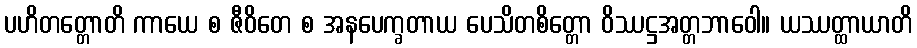
ပဟိတတ္တောတိ ကာယေ စ ဇီဝိတေ စ အနပေက္ခတာယ ပေသိတစိတ္တော ဝိဿဋ္ဌအတ္တဘာဝေါ။ ယဿတ္ထာယာတိ